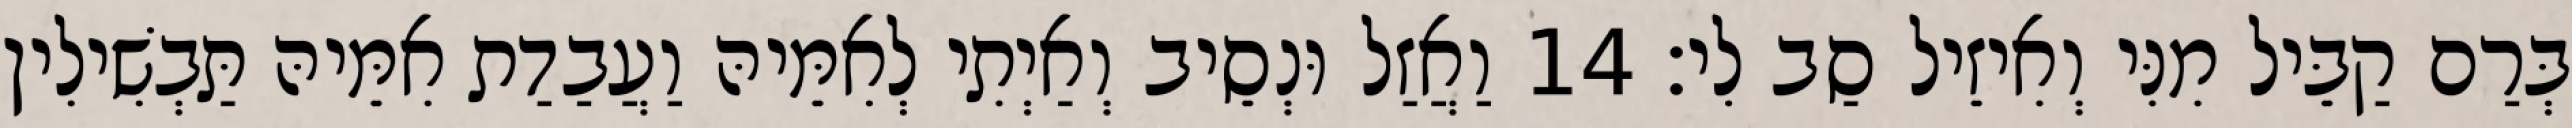
בְּרַם קַבֵּיל מִנִּי וְאִיזֵיל סַב לִי׃ 14 וַאֲזַל וּנְסֵיב וְאַיְתִי לְאִמֵּיהּ וַעֲבַדַת אִמֵּיהּ תַּבְשִׁילִין